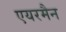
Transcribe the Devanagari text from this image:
एयरमैन